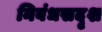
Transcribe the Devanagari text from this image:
निबंधसदृश